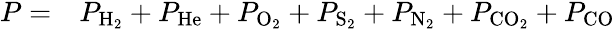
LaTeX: \begin{array}{rl}{P=}&{{}P_{\mathrm{H_{2}}}+P_{\mathrm{He}}+P_{\mathrm{O_{2}}}+P_{\mathrm{S_{2}}}+P_{\mathrm{N_{2}}}+P_{\mathrm{CO_{2}}}+P_{\mathrm{CO}}}\end{array}